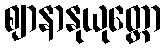
ဈာနာနုယုတ္တော